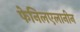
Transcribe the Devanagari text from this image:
फेनिलएलानीन